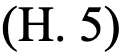
(H. 5)